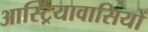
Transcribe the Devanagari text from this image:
आस्ट्रियावासियों